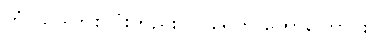
ကံ-သဒ္ဂါတစ်လုံးတည်းပင် ရေကို ဟောကြောင်း။